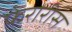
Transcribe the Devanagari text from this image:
फेरारीस